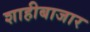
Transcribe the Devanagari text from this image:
शाहीबाजार